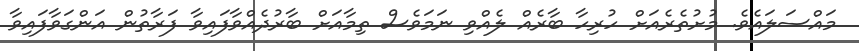
މައްސަލައެވެ. މުށުތެރެއަށް ހުރިހާ ބާރެއް ލެއްވި ނަމަވެސް ތިމާއަށް ބާރުދެއްވާފައިވާ ފަރާތުން އަންގަވާފައިވާ